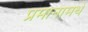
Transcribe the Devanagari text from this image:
प्रमानामधे